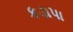
કડાપા